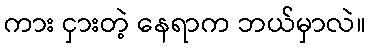
ကား ငှားတဲ့ နေရာက ဘယ်မှာလဲ။